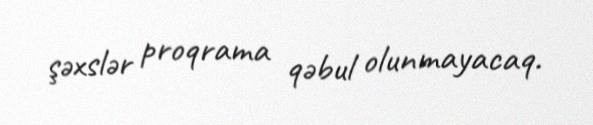
şəxslər proqrama qəbul olunmayacaq.